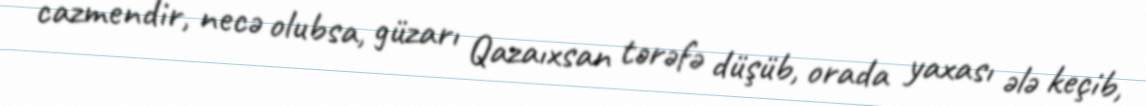
cazmendir, necə olubsa, güzarı Qazaıxsan tərəfə düşüb, orada yaxası ələ keçib,